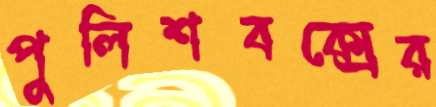
পুলিশবক্সের